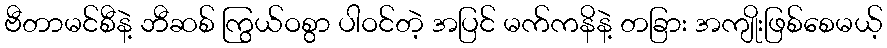
ဗီတာမင်စီနဲ့ ဘီဆစ် ကြွယ်ဝစွာ ပါဝင်တဲ့ အပြင် မက်ကနိနဲ့ တခြား အကျိုးဖြစ်စေမယ့်